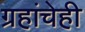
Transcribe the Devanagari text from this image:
ग्रहांचेही